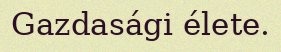
Gazdasági élete.